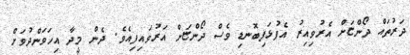
ދަރުތައް ދޯންޏަށް އެރުވިއިރު އެފުޅަފިބޮނޑި ވެސް ދޯންޏަށް އަރުވައިފިއެވެ. ދެން މީދާ އިހަވަންދުވަށް